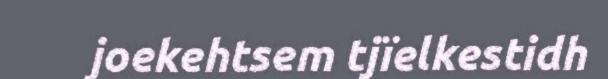
joekehtsem tjïelkestidh